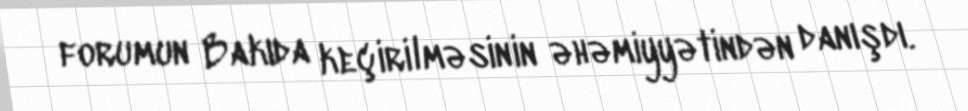
forumun Bakıda keçirilməsinin əhəmiyyətindən danışdı.